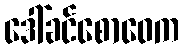
ဒေါ်ခင်စောဝေက